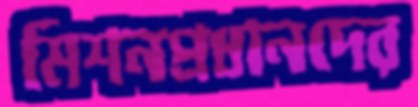
মিশনপ্রধানদের